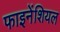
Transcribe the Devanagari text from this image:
फाइनेंशियल